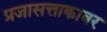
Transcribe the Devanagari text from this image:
प्रजासत्ताकावर